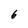
Character: 6